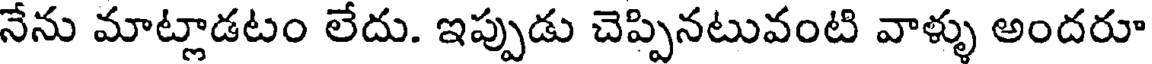
నేను మాట్లాడటం లేదు. ఇప్పుడు చెప్పినటువంటి వాళ్ళు అందరూ